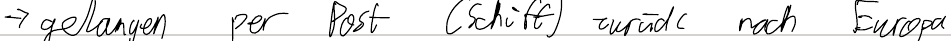
-> gelangen per Post (Schiff) zurück nach Europa